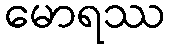
မောရဿ